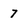
Character: 7